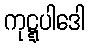
ကုဋ္ဋပါဒေါ